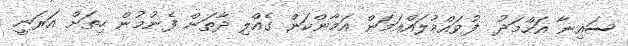
ސައިނާ އަހްމަދު  ފުވައްމުލައްއަމަން އަމާންކަން ގެއްލި ދާތަން ފެނުމުން ހިތަށް އަރަނީ